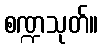
စဏ္ဍသုတ်။